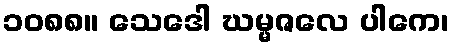
၁၀၈၈။ သေဒေါ ဃမ္မဇလေ ပါကေ၊